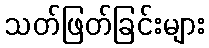
သတ်ဖြတ်ခြင်းများ